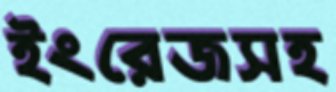
ইংরেজসহ